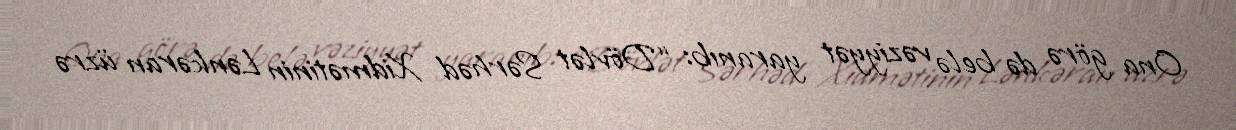
Ona görə də belə vəziyyət yaranıb: “Dövlət Sərhəd Xidmətinin Lənkəran üzrə